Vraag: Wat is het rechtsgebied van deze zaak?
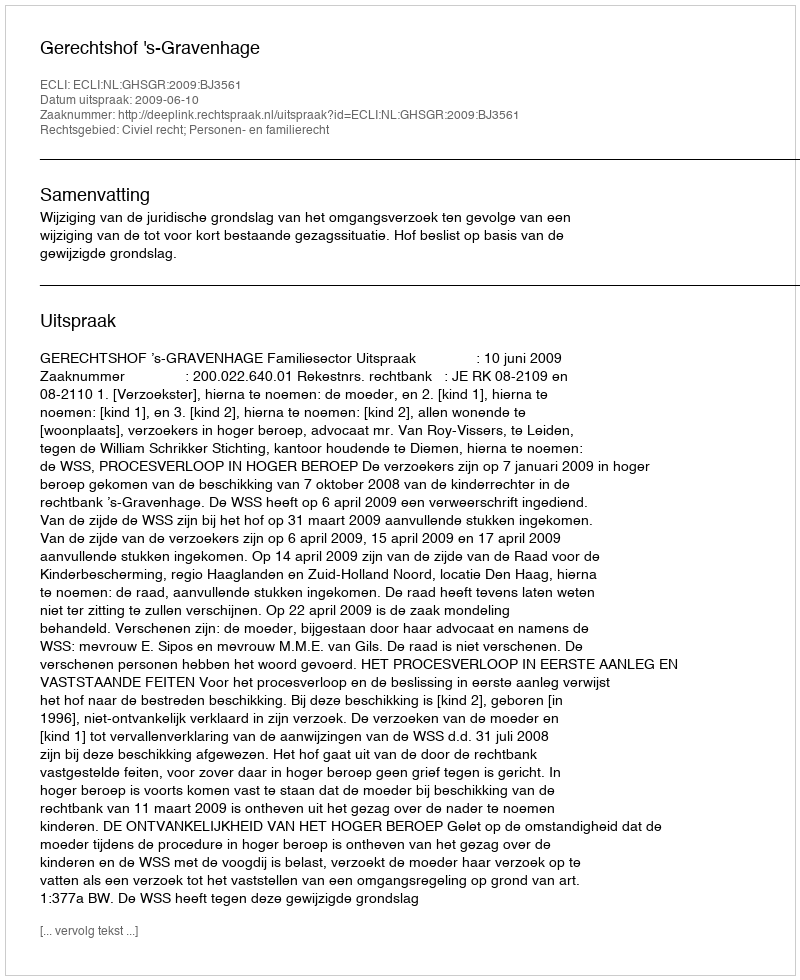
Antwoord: Civiel recht; Personen- en familierecht